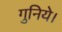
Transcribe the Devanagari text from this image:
गुनिये।